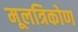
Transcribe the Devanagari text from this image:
मूलत्रिकोण